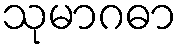
သုမာဂဓာ